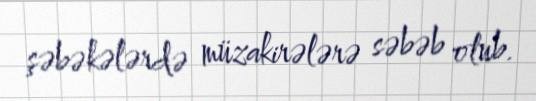
şəbəkələrdə müzakirələrə səbəb olub.